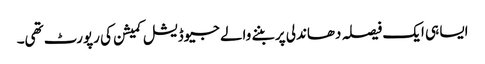
ایسا ہی ایک فیصلہ دھاندلی پر بننے والے جیوڈیشل کمیشن کی رپورٹ تھی۔